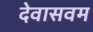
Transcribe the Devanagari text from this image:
देवासवम